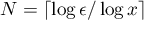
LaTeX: N = \lceil \log \epsilon / \log x \rceil